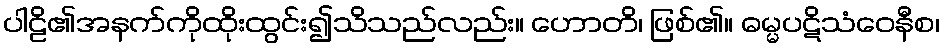
ပါဠိ၏အနက်ကိုထိုးထွင်း၍သိသည်လည်း။ ဟောတိ၊ ဖြစ်၏။ ဓမ္မပဋိသံဝေနီစ၊